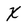
Character: x